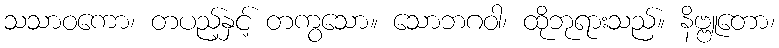
သသာဝကော၊ တပည့်နှင့် တကွသော။ သောဘဂဝါ၊ ထိုဘုရားသည်။ နိဗ္ဗူတော၊